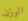
الوزن